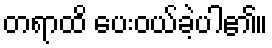
တရာထိ ပေးဝယ်ခဲ့ပါ၏။